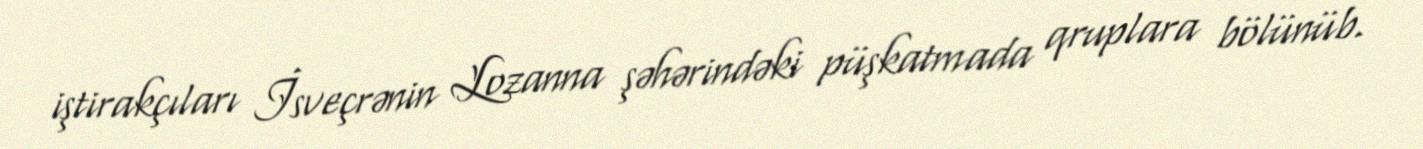
iştirakçıları İsveçrənin Lozanna şəhərindəki püşkatmada qruplara bölünüb.